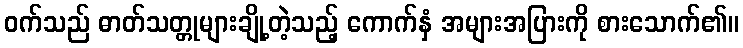
ဝက်သည် ဓာတ်သတ္တုများချို့တဲ့သည့် ကောက်နှံ အများအပြားကို စားသောက်၏။